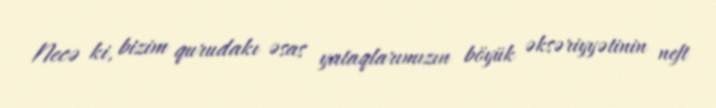
Necə ki, bizim qurudakı əsas yataqlarımızın böyük əksəriyyətinin neft